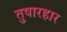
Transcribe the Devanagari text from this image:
तुषारहार